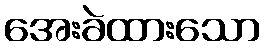
အေးခဲထားသော